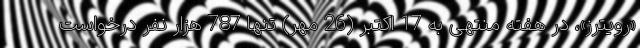
«رویترز»، در هفته منتهی به 17 اکتبر (26 مهر) تنها 787 هزار نفر درخواست